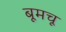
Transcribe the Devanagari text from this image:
बूमचू